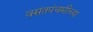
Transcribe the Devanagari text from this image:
वसंतपंचमीच्या